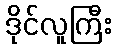
ဒိုင်လူကြီး